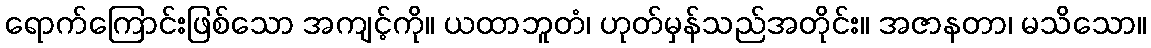
ရောက်ကြောင်းဖြစ်သော အကျင့်ကို။ ယထာဘူတံ၊ ဟုတ်မှန်သည်အတိုင်း။ အဇာနတာ၊ မသိသော။